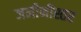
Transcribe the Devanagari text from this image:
जमीनीस्तर